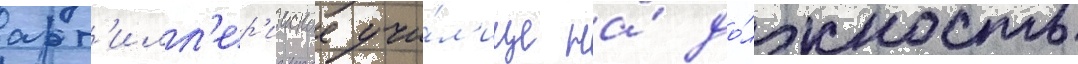
арт'илл'ер'ииское учи́л'ище на́ до́лжность